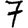
Digit: 7